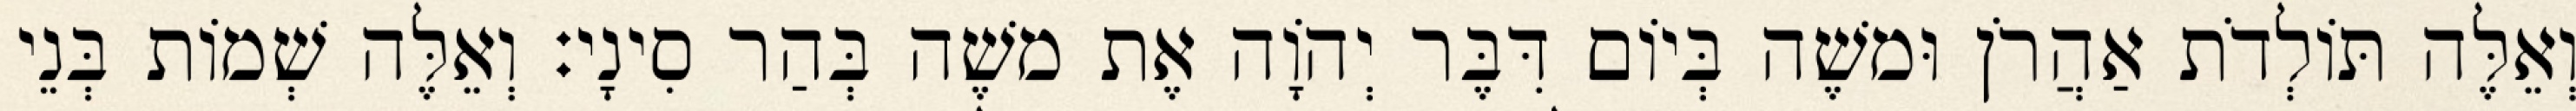
וְאֵלֶּה תּוֹלְדֹת אַהֲרֹן וּמשֶׁה בְּיוֹם דִּבֶּר יְהוָֹה אֶת משֶׁה בְּהַר סִינָי׃ וְאֵלֶּה שְׁמוֹת בְּנֵי